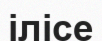
ілісе